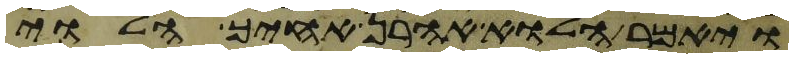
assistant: ויאמר הלוא אהרן אחיך הלוי